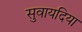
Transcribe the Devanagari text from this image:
सुवायदिया